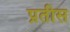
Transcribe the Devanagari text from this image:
प्रतीस